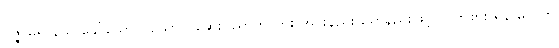
ဝိဇ္ဇာဓရ နယ ခေါ်သော ပယောဂ ဆေးပညာကိုကား အင်းနည်း မှော်နည်းဖြင့် လိုက်စား ရန် မလိုဘဲ